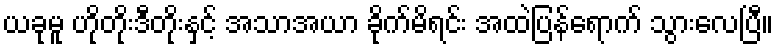
ယခုမူ ဟိုတိုးဒီတိုးနှင့် အသာအယာ ခိုက်မိရင်း အထဲပြန်ရောက် သွားလေပြီ။